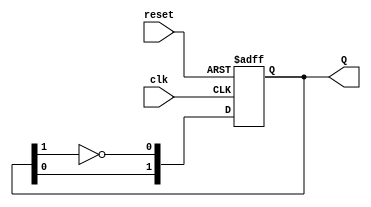
module dual_stage_johnson_counter (
    input wire clk,       // Clock signal
    input wire reset,     // Asynchronous reset signal
    output reg [1:0] Q    // Output states (Q0 and Q1)
);

    // Internal signals for flip-flops
    wire D0; // Input to the first flip-flop
    wire D1; // Input to the second flip-flop

    // Assign the D inputs based on the Johnson counter logic
    assign D0 = ~Q[1]; // Feedback from Q1 inverted to D0
    assign D1 = Q[0];  // Q0 directly to D1

    // Flip-flop for Q0
    always @(posedge clk or posedge reset) begin
        if (reset) begin
            Q <= 2'b00; // Initialize both flip-flops to 0
        end else begin
            Q[0] <= D0; // Update Q0 with D0
            Q[1] <= D1; // Update Q1 with D1
        end
    end

endmodule